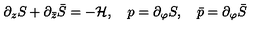
\partial _ { z } S + \partial _ { \bar { z } } \bar { S } = - { \cal H } , \quad p = \partial _ { \varphi } S , \quad \bar { p } = \partial _ { \varphi } \bar { S }